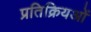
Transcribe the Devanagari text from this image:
प्रतिक्रियओं